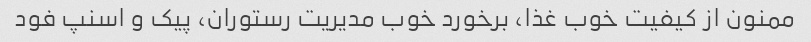
ممنون از کیفیت خوب غذا، برخورد خوب مدیریت رستوران، پیک و اسنپ فود